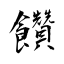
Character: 饡